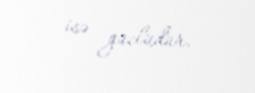
isə güclüdür.